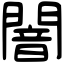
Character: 闇